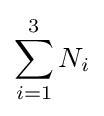
\sum _{i=1}^{3}N_{i}